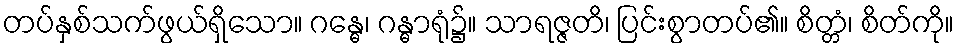
တပ်နှစ်သက်ဖွယ်ရှိသော။ ဂန္ဓေ၊ ဂန္ဓာရုံ၌။ သာရဇ္ဇတိ၊ ပြင်းစွာတပ်၏။ စိတ္တံ၊ စိတ်ကို။